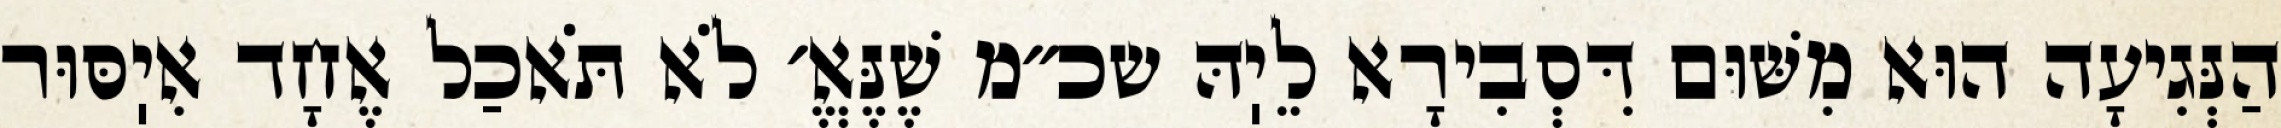
הַנְּגִיעָה הוּא מִשּׁוּם דִּסְבִירָא לֵיֽהּ שכ״מ שֶׁנֶּאֱ׳ לֹא תֹּאכַל אֶחָד אִיֽסּוּר